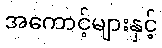
အကောင့်များနှင့်